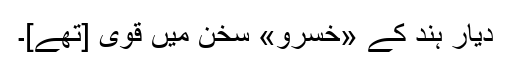
دیارِ ہند کے «خُسرو» سُخن میں قوی [تھے]۔